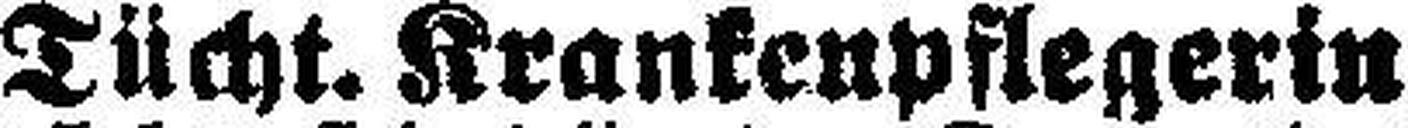
Tücht. Krankenpflegerin